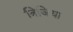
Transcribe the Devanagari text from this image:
त्रिजिया